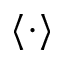
\langle \cdot \rangle